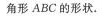
角形ABC的形状。